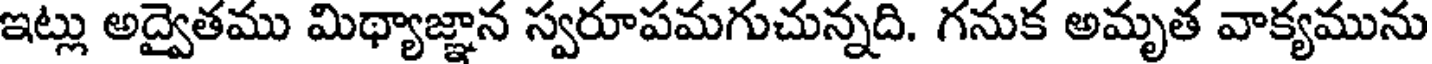
ఇట్లు అద్వైతము మిథ్యాజ్ఞాన స్వరూపమగుచున్నది. గనుక అమృత వాక్యమును